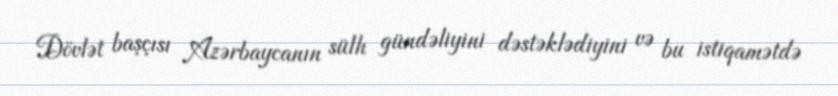
Dövlət başçısı Azərbaycanın sülh gündəliyini dəstəklədiyini və bu istiqamətdə